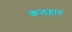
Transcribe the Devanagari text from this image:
कलहात